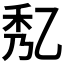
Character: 𠃯